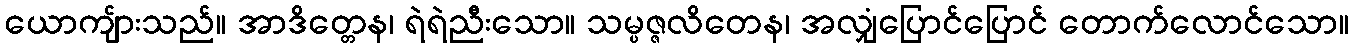
ယောကျ်ားသည်။ အာဒိတ္တေန၊ ရဲရဲညီးသော။ သမ္ပဇ္ဇလိတေန၊ အလျှံပြောင်ပြောင် တောက်လောင်သော။